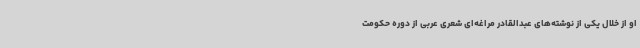
او از خلال یکی از نوشته‌های عبدالقادر مراغه‌ای شعری عربی از دوره حکومت